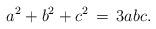
LaTeX: \begin{align*}a^2 + b^2 + c^2 \,=\, 3abc.\end{align*}